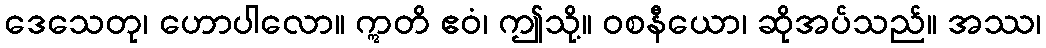
ဒေသေတု၊ ဟောပါလော။ ဣတိ ဧဝံ၊ ဤသို့။ ဝစနီယော၊ ဆိုအပ်သည်။ အဿ၊